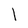
Character: 1